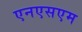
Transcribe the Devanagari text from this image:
एनएसएम